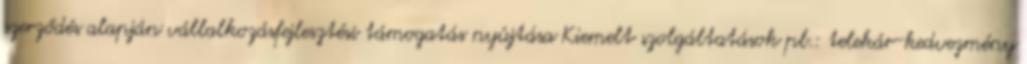
szerződés alapján vállalkozásfejlesztési támogatás nyújtása Kiemelt szolgáltatások pl.: telekár-kedvezmény